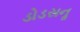
ડોડસનૢ